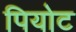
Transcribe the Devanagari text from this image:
पियोट